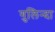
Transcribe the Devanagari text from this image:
गुलिन्दा